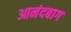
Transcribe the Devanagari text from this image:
आनंदबाग